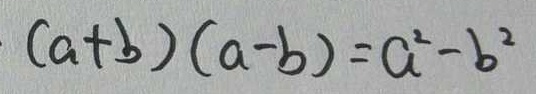
( a + b ) ( a - b ) = a ^ { 2 } - b ^ { 2 }